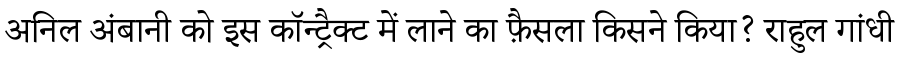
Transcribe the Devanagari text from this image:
अनिल अंबानी को इस कॉन्ट्रैक्ट में लाने का फ़ैसला किसने किया? राहुल गांधी